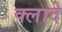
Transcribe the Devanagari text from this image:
क्लादे